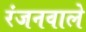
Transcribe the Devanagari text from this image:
रंजनवाले